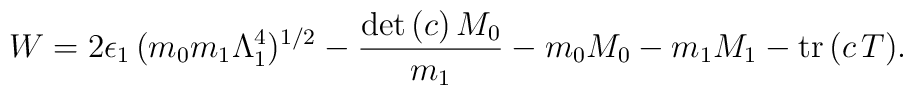
W=2\epsilon _{1}\,(m_{0}m_{1}\Lambda _{1}^{4})^{1/2}-\frac{\mathrm{det}\,(c)\, M_{0}}{m_{1}}-m_{0}M_{0}-m_{1}M_{1}-\mathrm{tr}\,(c\,T).